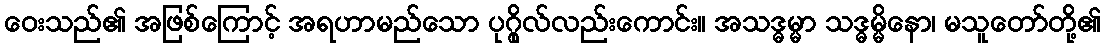
ဝေးသည်၏ အဖြစ်ကြောင့် အရဟာမည်သော ပုဂ္ဂိုလ်လည်းကောင်း။ အသဒ္ဓမ္မာ သဒ္ဓမ္မိနော၊ မသူတော်တို့၏